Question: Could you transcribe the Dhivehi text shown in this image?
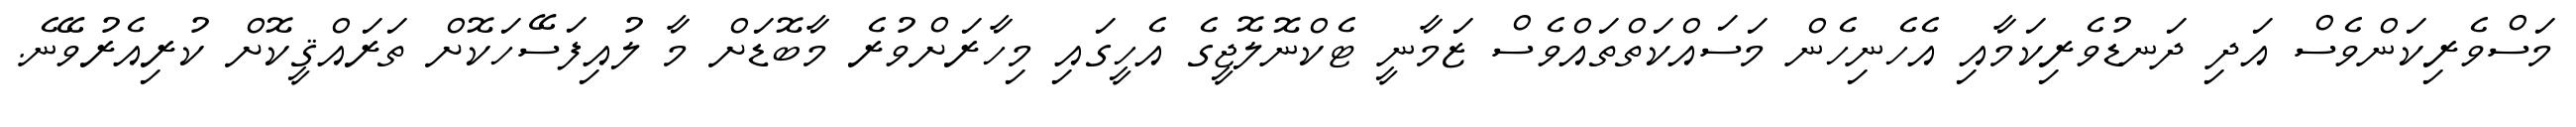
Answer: މަސްވެރިކަންވެސް އަދި ދަނޑުވެރިކަމާއި އެހެނިހެން މަސައްކަތްތައްވެސް ޒަމާނީ ޓެކްނޮލޮޖީގެ އެހީގައި މިހާރަށްވުރެ މާބޮޑަށް މާ ލުއިފަސޭހަކޮށް ތަރައްޤީކޮށް ކުރިއެރުވޭނެ.